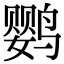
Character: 鹦